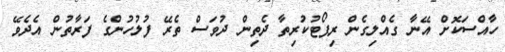
ހާއްސަކޮށް އޭނާ ގެއްލިގެން ރިޕޯޓުކުރިތާ ދެތިން ދުވަސް ތެރޭ ފުލުހުންގެ ފަރާތުން އެދެވޭ